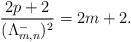
LaTeX: \begin{align*}\frac{2p+2}{(\Lambda_{m,n}^{-})^2}=2m+2.\end{align*}